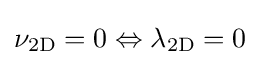
\nu _{\mathrm {2D} }=0\Leftrightarrow \lambda _{\mathrm {2D} }=0